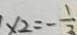
x _ { 2 } = - \frac { 1 } { 3 }